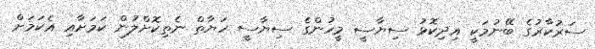
ސަރުކާރުގެ ބޭނުމަކީ އިދިކޮޅު ސިޔާސީ މީހުންގެ ސިޔާސީ ހަޔާތް ނެތިކޮށްލުން ކަމަށާއި އެކަމަށް